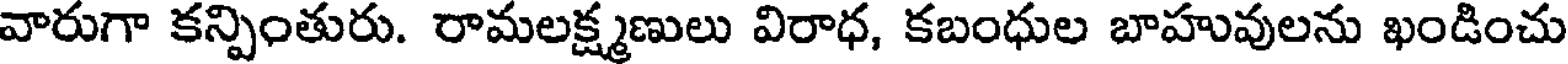
వారుగా కన్పింతురు. రామలక్ష్మణులు విరాధ, కబంధుల బాహువులను ఖండించు